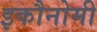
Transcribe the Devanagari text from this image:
इकौनोमी